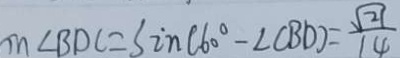
m \angle B D C = \sin ( 6 0 ^ { \circ } - \angle C B D ) = \frac { \sqrt { 2 1 } } { 1 4 }